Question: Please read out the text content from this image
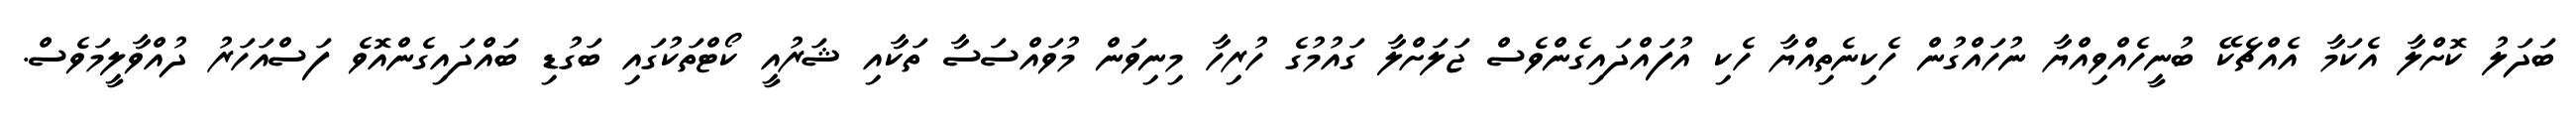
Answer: ބަދަލު ކޮށްލާ އެކަމާ އެއްޗެކޭ ބުނީހެއްވިއްޔާ ނުހައްގުން ހެކިނެތިއްޔާ ހެކި އުފައްދައިގެންވެސް ޖަލަށްލާ ގައުމުގެ ހުރިހާ މިނިވަން މުވައްސަސާ ތަކާއި ޝަރުއީ ކޯޓްތަކުގައި ބަގުޑި ބައްދައިގެންއޮވެ ފަސްއަހަރު ދުއްވާލީމަވެސް.